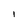
Character: I